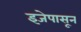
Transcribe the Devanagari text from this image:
इजेपासून